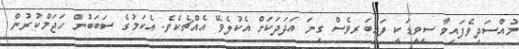
މުއްސަދިވެފައިވާ ސީވީޑަކީ ފައިބަރވެސް ގިނަ އަދަދަކަށް އެކުލެވޭ އެއްޗެކެވެ. އެކަމުގެ ސަބަބުން ހަޖަމްކުރުން